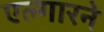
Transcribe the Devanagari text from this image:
एल्गारने